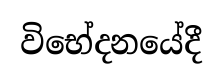
විභේදනයේදී